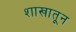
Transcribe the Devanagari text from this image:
शाखातून